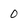
Character: 0